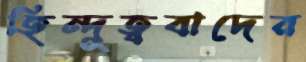
হিন্দুত্ববাদের